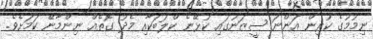
ނިމުމުގެ ކުރިން އަންނަ ސީޒަނުގައި ކުޅޭނެ ކްލަބަކާއި މެދު ގޮތެއް ނިންމާނޭ ކަމަށެވެ.